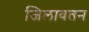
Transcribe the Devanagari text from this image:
जिलावतन